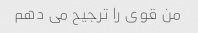
من قوی را ترجیح می دهم